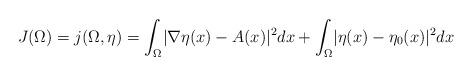
LaTeX: \begin{align*}J(\Omega)=j(\Omega,\eta)=\int_{\Omega}\lvert\nabla\eta (x)-A(x) \rvert^2dx+\int_{\Omega}\lvert\eta(x)-\eta_0(x) \rvert^2dx\end{align*}